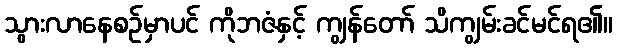
သွားလာနေစဉ်မှာပင် ကိုဘဇံနှင့် ကျွန်တော် သိကျွမ်းခင်မင်ရ၏။